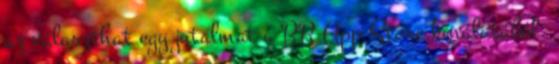
az választhat egy jutalmat a BB App Store kínálatából.